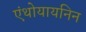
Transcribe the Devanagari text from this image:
एंथोयायनिन